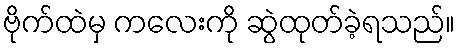
ဗိုက်ထဲမှ ကလေးကို ဆွဲထုတ်ခဲ့ရသည်။